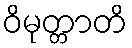
ဝိမုတ္တာတိ